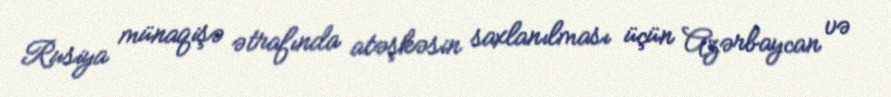
Rusiya münaqişə ətrafında atəşkəsin saxlanılması üçün Azərbaycan və